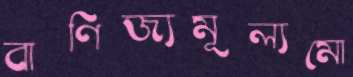
বাণিজ্যমূল্যমো